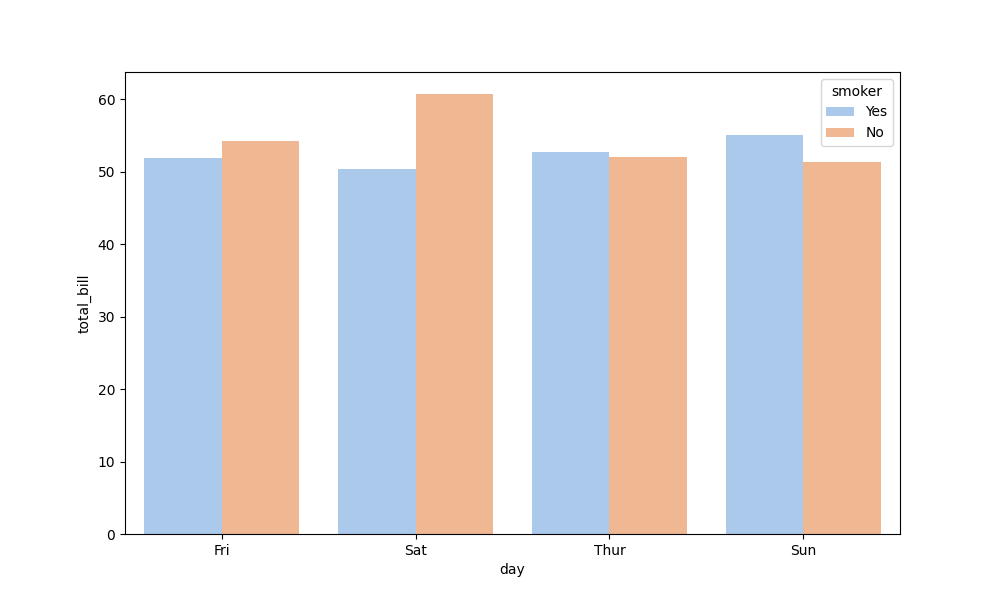
python, seaborn, barplot, hue='smoker', palette='pastel', ci=None, orient='v'